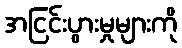
အငြင်းပွားမှုများကို